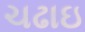
ચઢાઇ